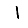
Digit: 1